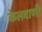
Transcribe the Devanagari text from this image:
केलवाणी